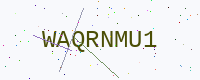
Text: WAQRNMU1